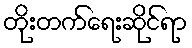
တိုးတက်ရေးဆိုင်ရာ